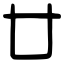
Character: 廿